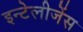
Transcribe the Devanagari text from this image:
इन्टेलीजेंस